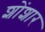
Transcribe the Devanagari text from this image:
शोंशार